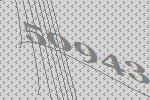
50943